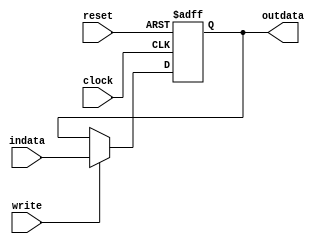
module register
#(parameter WIDTH=16)
(
	input clock,
	input reset,
	input write,
   input [WIDTH-1:0] indata,
	output reg [WIDTH-1:0] outdata
);

	always @(posedge clock or negedge reset)
	begin
		if (~reset)
			outdata <= 0;
		else
		if (write)
			outdata <= indata;
	end
	
endmodule